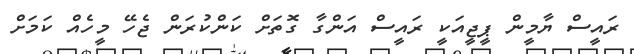
ރައީސް ޔާމީން ޕީޖީއަކީ ރައީސް އަންގާ ގޮތަށް ކަންކުރަން ޖެހޭ މީހެއް ކަމަށް